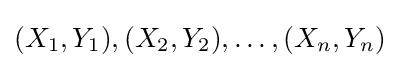
(X_{1},Y_{1}),(X_{2},Y_{2}),\dots ,(X_{n},Y_{n})